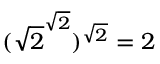
( { \sqrt { 2 } } ^ { \sqrt { 2 } } ) ^ { \sqrt { 2 } } = 2